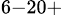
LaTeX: ^{6-20+}